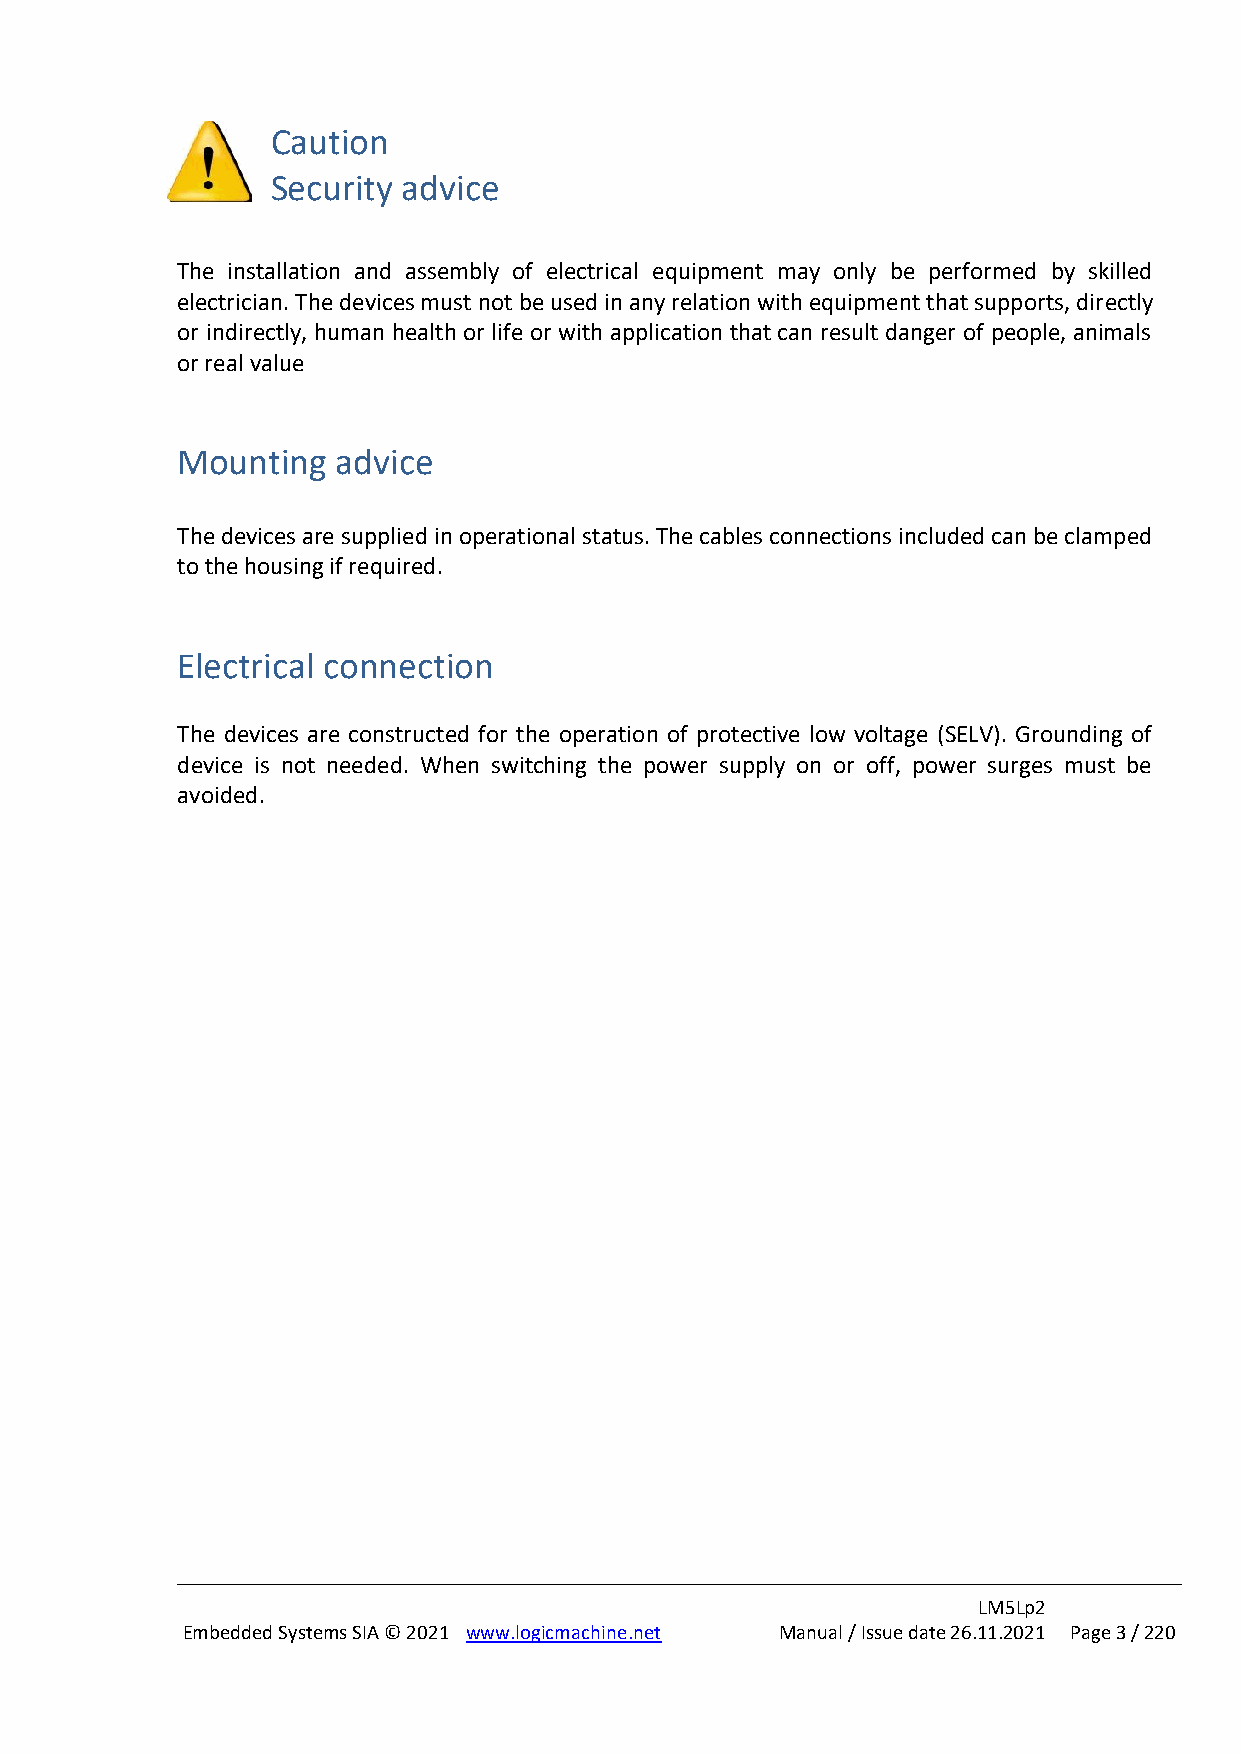
Caution
 Security advice
 The installation and assembly of electrical equipment may only be performed by skilled
 electrician. The devices must not be used in any relation with equipment that supports, directly
 or indirectly, human health or life or with application that can result danger of people, animals
 or real value
 Mounting  advice
 The devices are supplied in operational status. The cables connections included can be clamped
 to the housing if required.
 Electrical connection
 The devices are constructed for the operation of protective low voltage (SELV). Grounding of
 device is not needed. When switching the power supply on or off, power surges must be
 avoided.
 LM5Lp2
 Embedded Systems SIA © 2021 www.logicmachine.net Manual / Issue date 26.11.2021 Page 3 / 220